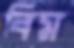
বিম